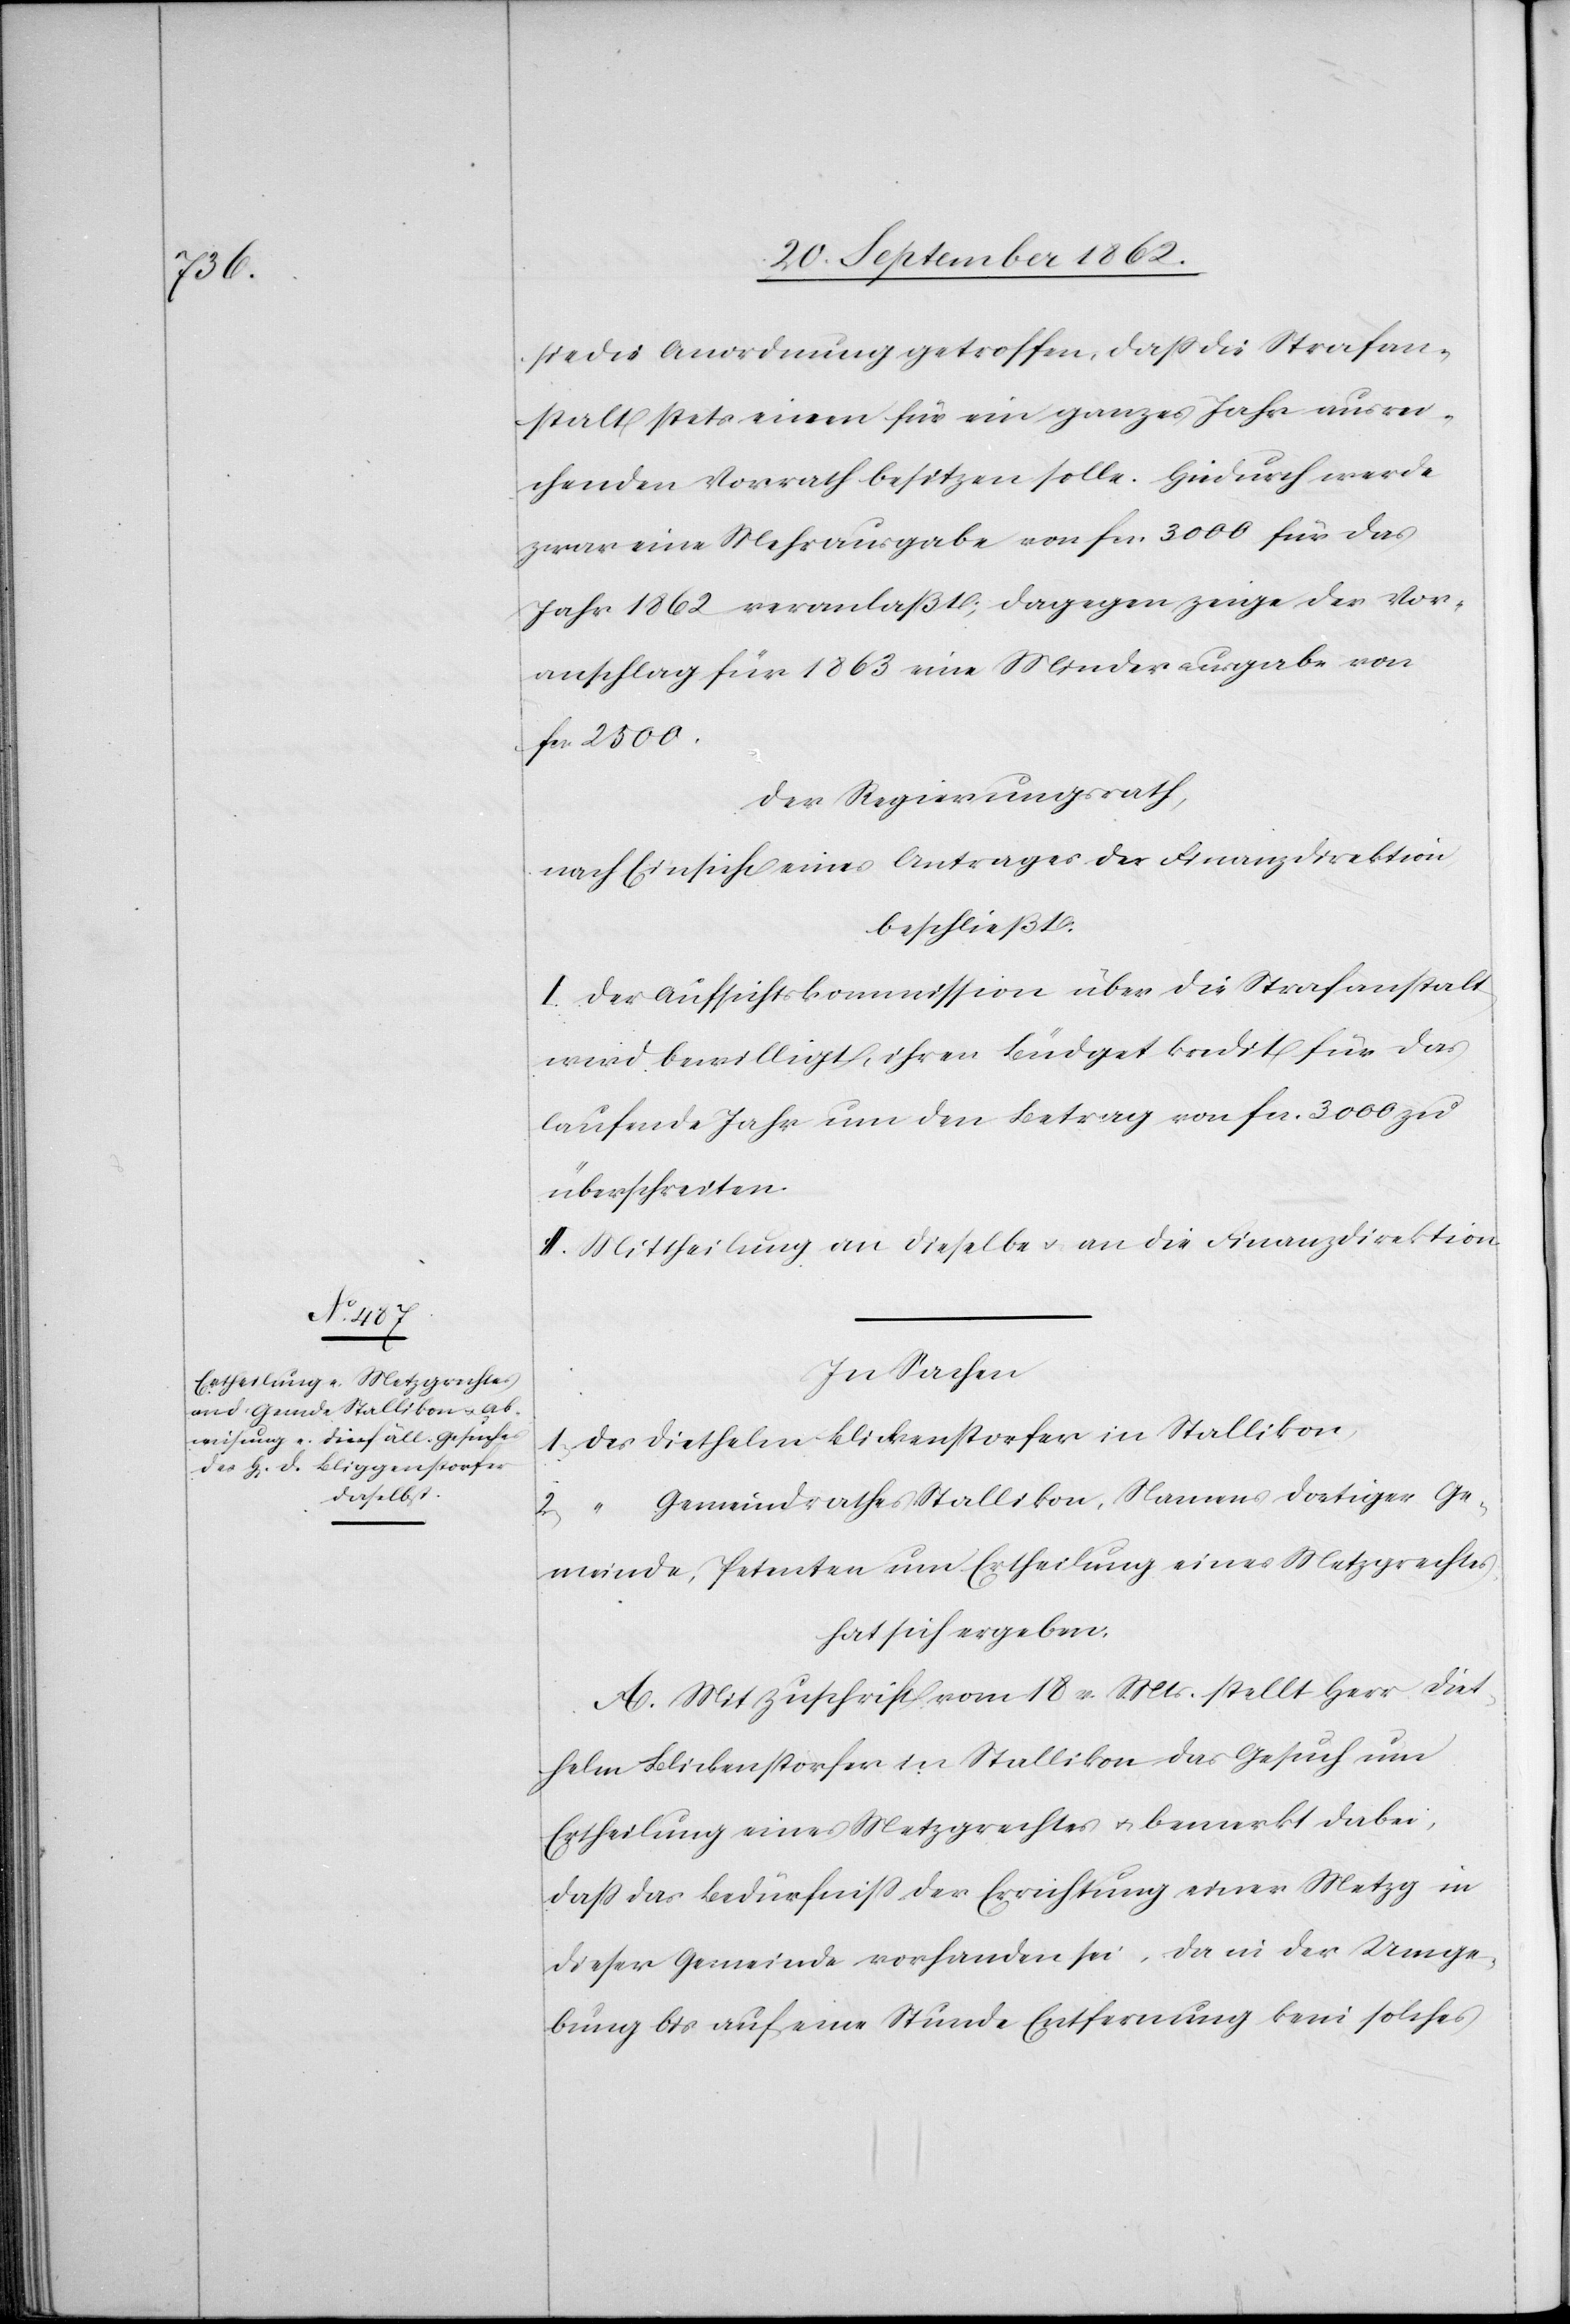
sie die Anordnung getroffen, daß die Strafan¬
stalt stets einen für ein ganzes Jahr ausrei¬
chenden Vorrath besitzen solle. Hiedurch werde
zwar eine Mehrausgabe von fcs. 3000 für das
Jahr 1862 veranlaßt; dagegen zeige der Vor¬
anschlag für 1863 eine Minderausgabe von
fcs. 2500.
Der Regierungsrath,
nach Einsicht eines Antrages der Finanzdirektion
beschließt:
I. Der Aufsichtskommission über die Strafanstalt
wird bewilligt, ihren Büdgetkredit für das
laufende Jahr um den Betrag von fcs. 3000 zu
überschreiten.
II. Mittheilung an dieselbe u. an die Finanzdirektion.
In Sachen
Gemeindrathes Stallikon, Namens dortiger Ge¬
meinde, Petenten um Ertheilung eines Metzgrechtes.
hat sich ergeben:
A. Mit Zuschrift vom 18. v. Mts. stellt Herr Diet¬
helm Blickenstorfer in Stallikon das Gesuch um
Ertheilung eines Metzgrechtes u. bemerkt dabei,
daß das Bedürfniß der Errichtung einer Metzg in
dieser Gemeinde vorhanden sei, da in der Umge¬
bung bis auf eine Stunde Entfernung kein solches